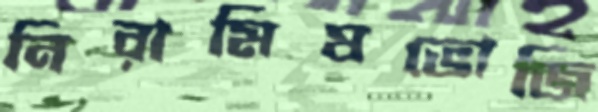
নিরামিষভোজি